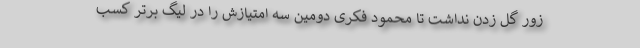
زور گل زدن نداشت تا محمود فکری دومین سه امتیازش را در لیگ برتر کسب